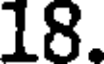
18.